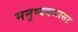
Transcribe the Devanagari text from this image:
मनुष्यबळासह